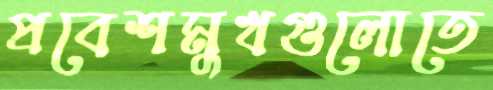
প্রবেশমুখগুলোতে